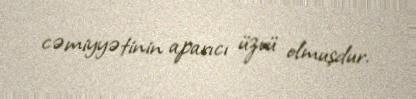
cəmiyyətinin aparıcı üzvü olmuşdur.